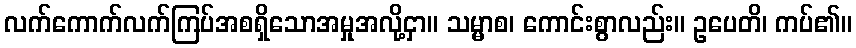
လက်ကောက်လက်ကြပ်အစရှိသောအမှုအလို့ငှာ။ သမ္မာစ၊ ကောင်းစွာလည်း။ ဥပေတိ၊ ကပ်၏။